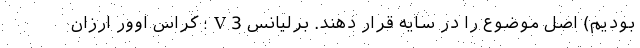
بودیم) اصل موضوع را در سایه قرار دهند. برلیانس V3؛ کراس اوور ارزان